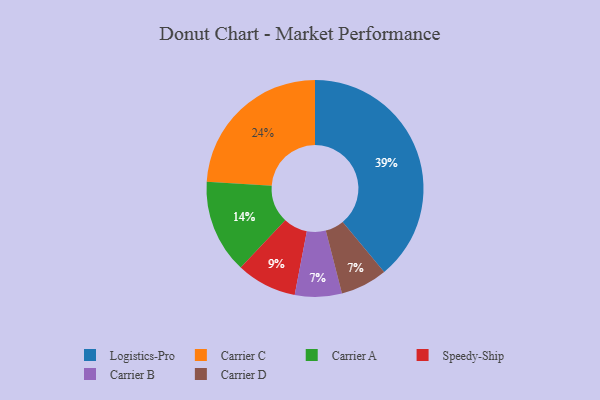
{"axis": {"x": "Category", "y": "Percentage"}, "legend": ["Carrier A", "Carrier B", "Carrier C", "Carrier D", "Logistics-Pro", "Speedy-Ship"], "data": [{"x": "Carrier A", "y": 14, "type": "Carrier A"}, {"x": "Carrier C", "y": 24, "type": "Carrier C"}, {"x": "Carrier B", "y": 7, "type": "Carrier B"}, {"x": "Logistics-Pro", "y": 39, "type": "Logistics-Pro"}, {"x": "Speedy-Ship", "y": 9, "type": "Speedy-Ship"}, {"x": "Carrier D", "y": 7, "type": "Carrier D"}]}